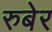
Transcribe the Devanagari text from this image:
रुबेर